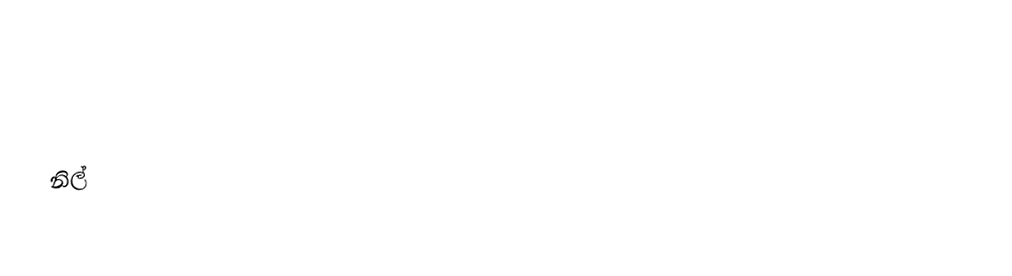
නිල්